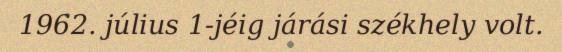
1962. július 1-jéig járási székhely volt.